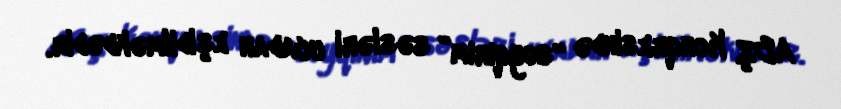
ABŞ Konqresində “soyqırım” səsləri ucadan eşidilməkdədir.